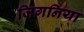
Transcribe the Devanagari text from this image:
जिगनिया